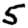
Digit: 5